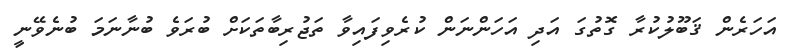
އަހަރެން ޤަބޫލުކުރާ ގޮތުގަ އަދި އަހަންނަން ކުރެވިފައިވާ ތަޖުރިބާތަކަށް ބުރަވެ ބުނާނަމަ ބުނެވޭނީ